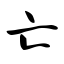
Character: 亡